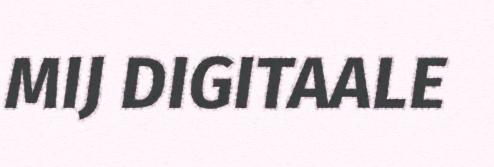
MIJ DIGITAALE